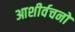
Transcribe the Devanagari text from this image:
आशीर्वचनों